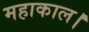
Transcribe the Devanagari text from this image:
महाकाल।